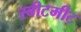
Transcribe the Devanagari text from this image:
स्वीटमीट